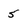
Character: 5